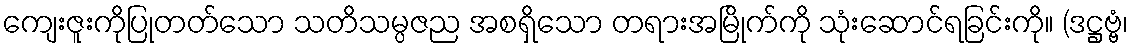
ကျေးဇူးကိုပြုတတ်သော သတိသမ္ပဇည အစရှိသော တရားအမြိုက်ကို သုံးဆောင်ရခြင်းကို။ (ဒဋ္ဌဗ္ဗံ၊